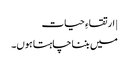
| ارتقاءِ حیات
میں بننا چاہتا ہوں۔